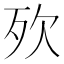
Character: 𣧋